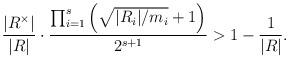
LaTeX: \begin{align*}\frac{|R^\times|}{|R|}\cdot\dfrac{\prod_{i=1}^s\left(\sqrt{|R_i|/m_i}+1\right)}{2^{s+1}}>1-\frac{1}{|R|}.\end{align*}